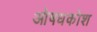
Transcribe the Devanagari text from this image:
ओषधकोश